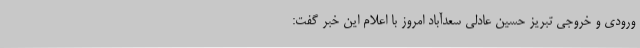
ورودی و خروجی تبریز حسین عادلی سعدآباد امروز با اعلام این خبر گفت: